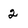
Character: 2